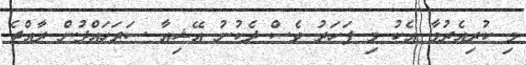
މި ކުރިއެރުމާ އެކު މި ފަހަރު ވެސް ދެކުނު އޭޝިއާ ސަރަަހައްދުން ރާއްޖެ